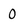
Character: 0